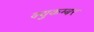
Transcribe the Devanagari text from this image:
क्युकम्बर